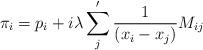
LaTeX: \begin{align*}\pi_i = p_i + i\lambda \sum_j^\prime{1\over(x_i-x_j)} M_{ij}\end{align*}